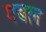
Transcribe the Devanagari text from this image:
गबल